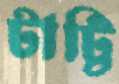
টাট্টি